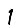
Digit: 1